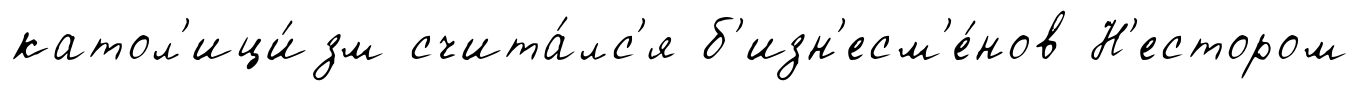
катол'ици́зм счита́лс'я б'изн'есм'е́нов Н'естором